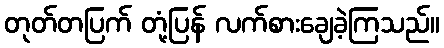
တုတ်တပြက် တုံ့ပြန် လက်စားချေခဲ့ကြသည်။